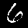
Label: 6